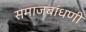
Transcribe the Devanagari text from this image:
समाजबांधणी